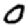
Digit: 0